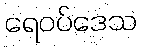
ရေဝပ်ဒေသ